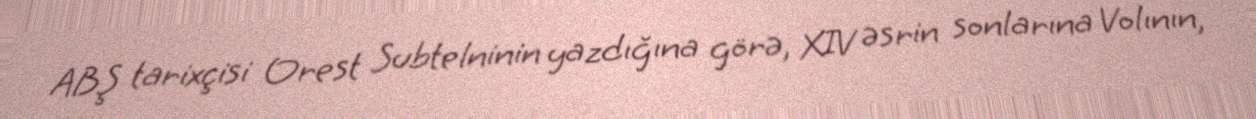
ABŞ tarixçisi Orest Subtelninin yazdığına görə, XIV əsrin sonlarına Volının,